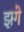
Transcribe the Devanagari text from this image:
झगे